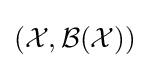
({\mathcal {X}},{\mathcal {B}}({\mathcal {X}}))